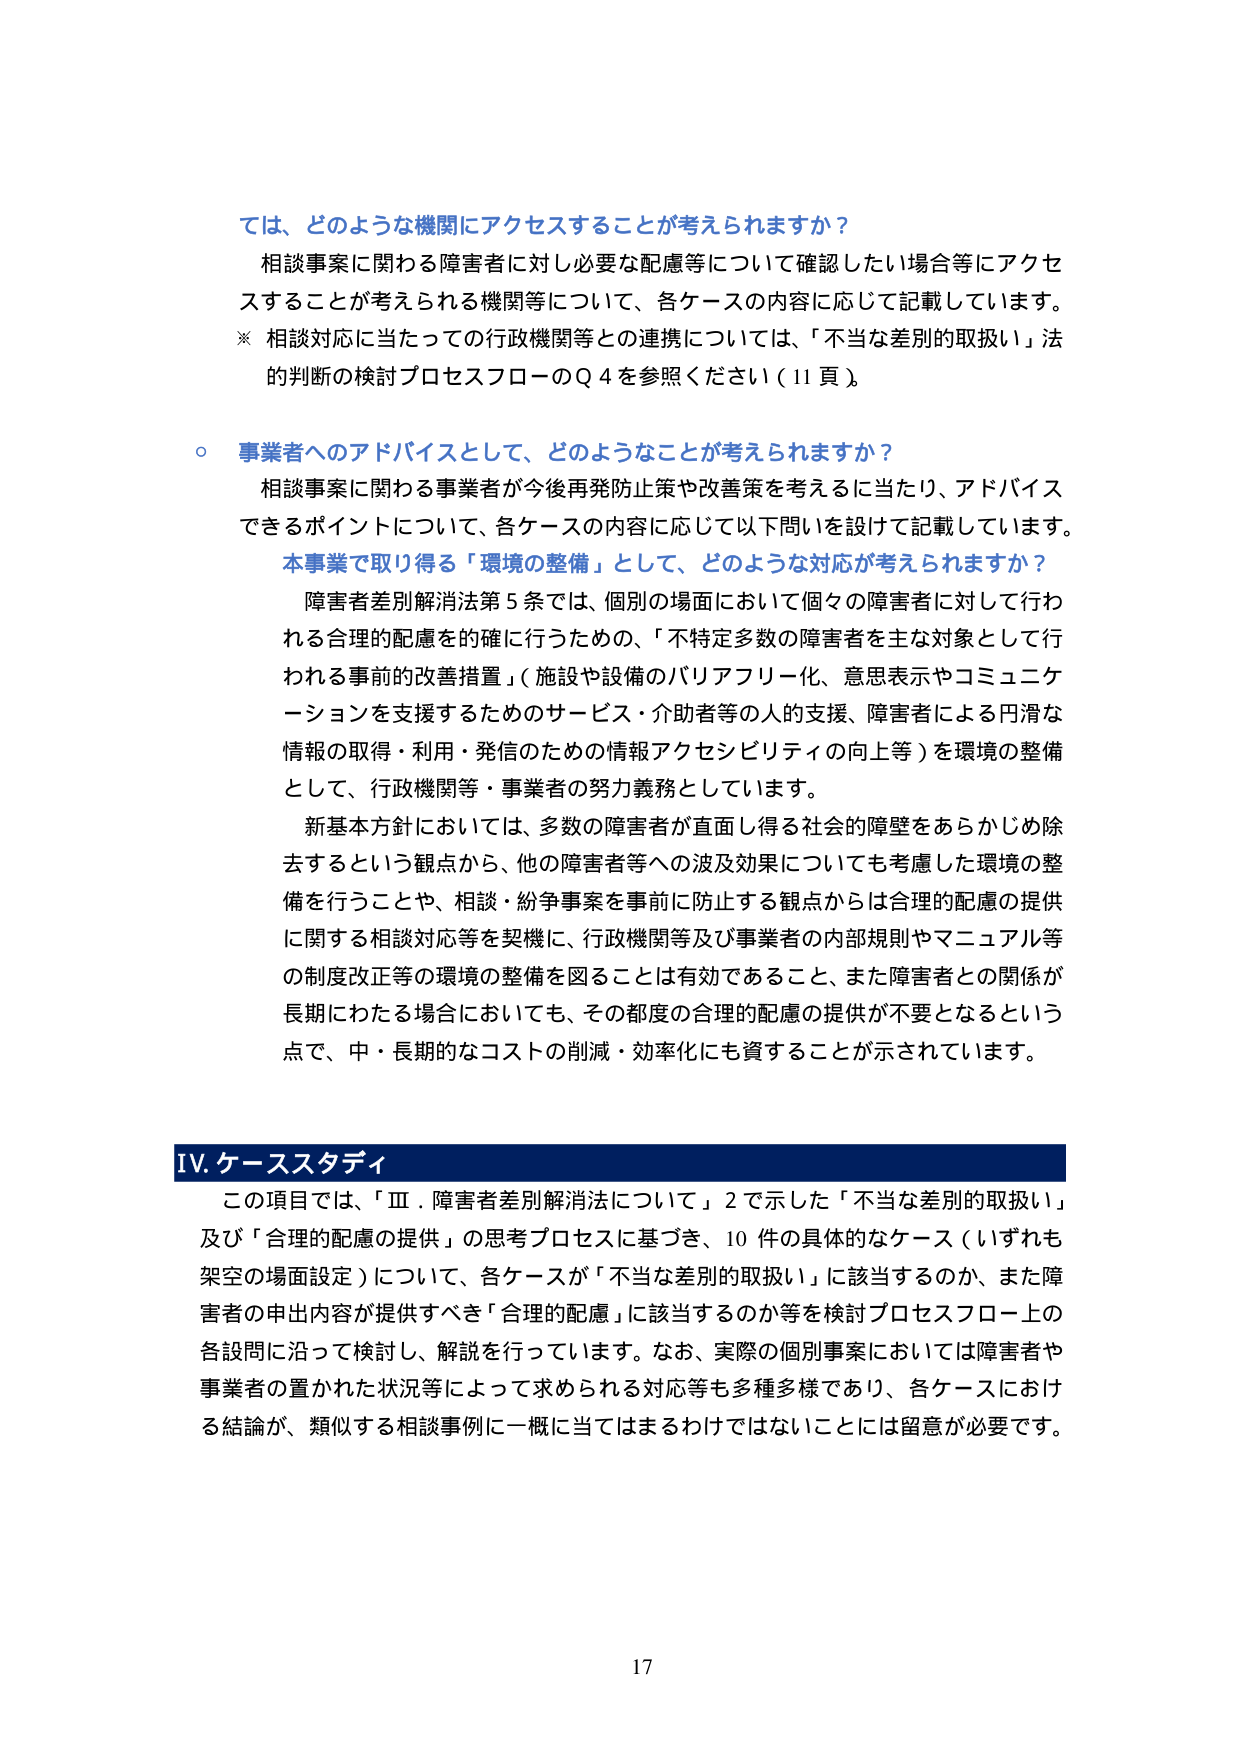
では、どのような機関にアクセスすることが考えられますか？

相談事案に関わる障害者に対し必要な配慮等について確認したい場合等にアクセスすることが考えられる機関等について、各ケースの内容に応じて記載しています。
※ 相談対応に当たっての行政機関等との連携については、「不当な差別的取扱い」法的判断の検討プロセスフローのQ 4を参照ください（11頁）。

○ 事業者へのアドバイスとして、どのようなことが考えられますか？

相談事案に関わる事業者が今後再発防止策や改善策を考えるに当たり、アドバイスできるポイントについて、各ケースの内容に応じて以下問いを設けて記載しています。

本事業で取り得る「環境の整備」として、どのような対応が考えられますか？

障害者差別解消法第5条では、個別の場面において個々の障害者に対して行われる合理的配慮を的確に行うための、「不特定多数の障害者を主な対象として行われる事前の改善措置」（施設や設備のバリアフリー化、意思表示やコミュニケーションを支援するためのサービス・介助者等の人的支援、障害者による円滑な情報の取得・利用・発信のための情報アクセシビリティの向上等）を環境の整備として、行政機関等・事業者の努力義務としています。

新基本方針においては、多数の障害者が直面し得る社会的障壁をあらかじめ除去するという観点から、他の障害者等への波及効果についても考慮した環境の整備を行うことや、相談・紛争事案を事前に防止する観点からは合理的配慮の提供に関する相談対応等を契機に、行政機関等及び事業者の内部規則やマニュアル等の制度改正等の環境の整備を図ることは有効であること、また障害者との関係が長期にわたる場合においても、その都度の合理的配慮の提供が不要となるという点で、中・長期的なコストの削減・効率化にも資することが示されています。

IV. ケーススタディ

この項目では、「Ⅲ．障害者差別解消法について」2で示した「不当な差別的取扱い」及び「合理的配慮の提供」の思考プロセスに基づき、10件の具体的なケース（いずれも架空の場面設定）について、各ケースが「不当な差別的取扱い」に該当するのか、また障害者の申出内容が提供すべき「合理的配慮」に該当するのか等を検討プロセスフロー上の各設問に沿って検討し、解説を行っています。なお、実際の個別事案においては障害者や事業者の置かれた状況等によって求められる対応等も多種多様であり、各ケースにおける結論が、類似する相談事例に一概に当てはまるわけではないことには留意が必要です。

17